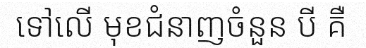
ទៅលើ មុខជំនាញចំនួន បី គឺ